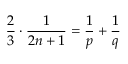
{ \frac { 2 } { 3 } } \cdot { \frac { 1 } { 2 n + 1 } } = { \frac { 1 } { p } } + { \frac { 1 } { q } }